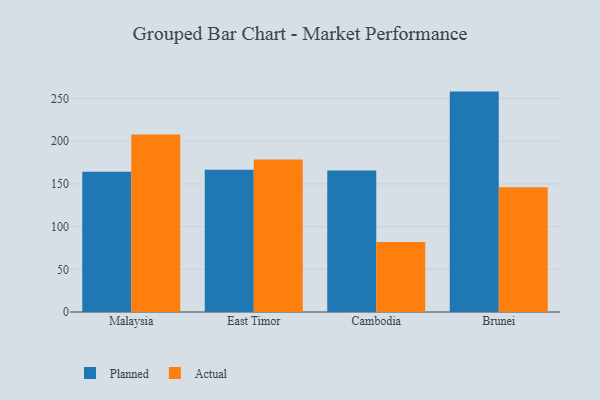
{"axis": {"x": "Country", "y": "Temperature (°C)"}, "legend": ["Actual", "Planned"], "data": [{"x": "Malaysia", "y": 164.1, "type": "Planned"}, {"x": "Malaysia", "y": 207.8, "type": "Actual"}, {"x": "East Timor", "y": 166.5, "type": "Planned"}, {"x": "East Timor", "y": 178.5, "type": "Actual"}, {"x": "Cambodia", "y": 165.8, "type": "Planned"}, {"x": "Cambodia", "y": 82.0, "type": "Actual"}, {"x": "Brunei", "y": 258.1, "type": "Planned"}, {"x": "Brunei", "y": 146.0, "type": "Actual"}]}